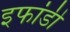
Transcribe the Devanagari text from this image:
इफांडी